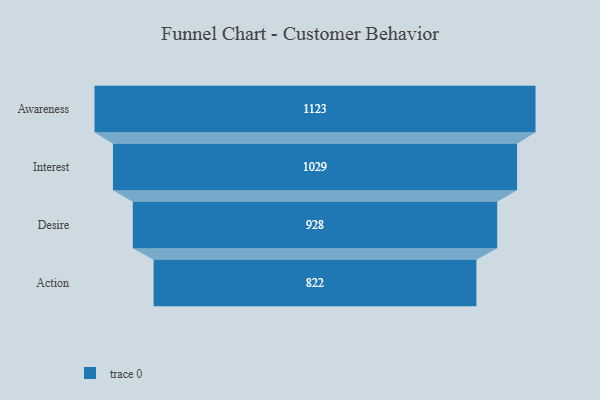
{"axis": {"x": "Stage", "y": "Value"}, "legend": [""], "data": [{"x": "Awareness", "y": 1123.0, "type": ""}, {"x": "Interest", "y": 1029.0, "type": ""}, {"x": "Desire", "y": 928.0, "type": ""}, {"x": "Action", "y": 822.0, "type": ""}]}